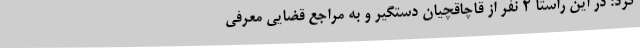
کرد: در این راستا 2 نفر از قاچاقچیان دستگیر و به مراجع قضایی معرفی